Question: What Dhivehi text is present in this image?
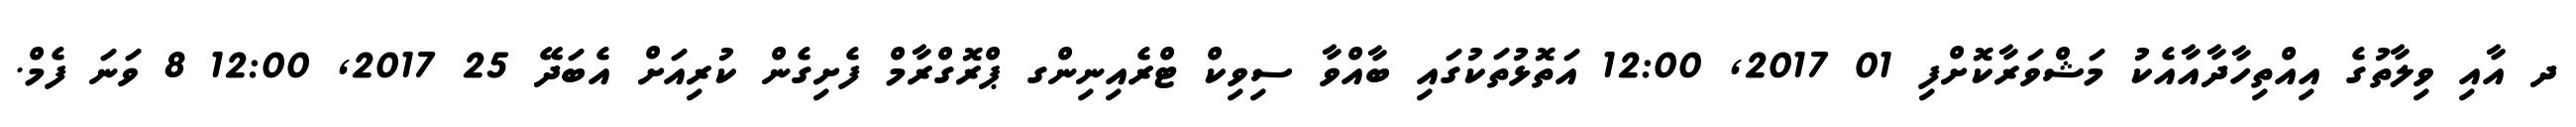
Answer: ދ އާއި ވިލާތުގެ އިއްތިހާދާއާއެކު މަޝްވަރާކޮށްފި 01 2017, 12:00 އަތޮޅުތަކުގައި ބާއްވާ ސިވިކް ޓްރެއިނިންގ ޕްރޮގްރާމް ފެށިގެން ކުރިއަށް އެބަދޭ 25 2017, 12:00 8 ވަނަ ފެމް.